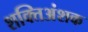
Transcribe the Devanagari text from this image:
शक्तिअंशक